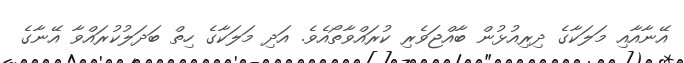
އޭނާއާއި މަލަކާގެ ދިރިއުޅުން ބާއްޖަވެރި ކުރައްވާތޯއެވެ. އަދި މަލަކާގެ ހިތް ބަދަލުކުރައްވާ އޭނާގެ